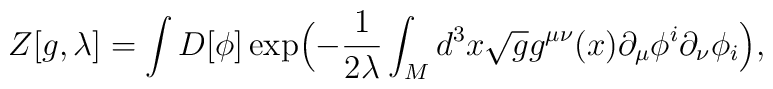
Z[g,\lambda]=\int D[\phi]\exp\Bigl(-{1 \over 2\lambda}\int_{\sl M}d^{3}x \sqrt{g} g^{\mu \nu}(x)\partial_{\mu} \phi^{i}\partial_{\nu}\phi_{i} \Bigr),